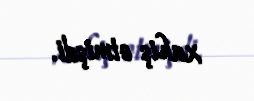
xahiş etmişdi.